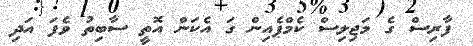
ފާރިސް ގެ މަޖިލިސް ކެމްޕެއިން ގަ އެކަން އޮތީ ސާބިތު ވެފަ އަދި